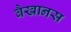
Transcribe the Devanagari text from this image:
बैखानस